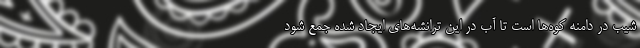
شیب در دامنه‌ کوه‌ها است تا آب در این ترانشه‌های ایجاد شده جمع شود